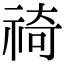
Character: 䄎